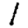
Digit: 1